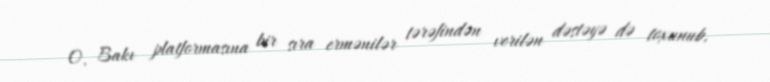
O, Bakı platformasına bir sıra ermənilər tərəfindən verilən dəstəyə də toxunub.